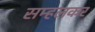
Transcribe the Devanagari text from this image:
सम्हलकर